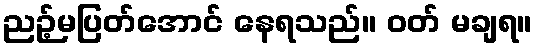
ညဉ့်မပြတ်အောင် နေရသည်။ ဝတ် မချရ။